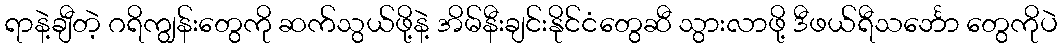
ရာနဲ့ချီတဲ့ ဂရိကျွန်းတွေကို ဆက်သွယ်ဖို့နဲ့ အိမ်နီးချင်းနိုင်ငံတွေဆီ သွားလာဖို့ ဒီဖယ်ရီသင်္ဘော တွေကိုပဲ